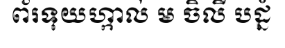
ព័រទុយហ្កាល់ ម ចិលី បដ្នំ